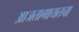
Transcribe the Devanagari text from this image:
आजतागायतचा